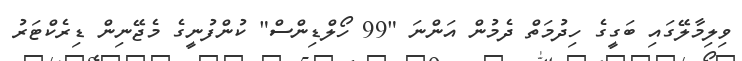
ވިލިމާލޭގައި ބަގީގެ ހިދުމަތް ދެމުން އަންނަ "99 ހޯލްޑިންސް" ކުންފުނީގެ މެޖޭނިން ޑިރެކްޓަރު